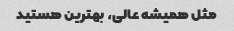
مثل همیشه عالی، بهترین هستید